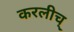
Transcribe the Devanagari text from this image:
करलीच्